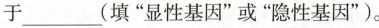
于___(填”显性基因”或”隐性基因”)。